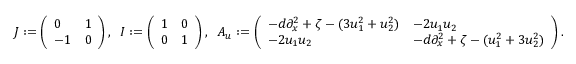
\begin{array} { r } { J : = \left( \begin{array} { l l } { 0 } & { 1 } \\ { - 1 } & { 0 } \end{array} \right) , \; \; I : = \left( \begin{array} { l l } { 1 } & { 0 } \\ { 0 } & { 1 } \end{array} \right) , \; \; A _ { u } : = \left( \begin{array} { l l } { - d \partial _ { x } ^ { 2 } + \zeta - ( 3 u _ { 1 } ^ { 2 } + u _ { 2 } ^ { 2 } ) } & { - 2 u _ { 1 } u _ { 2 } } \\ { - 2 u _ { 1 } u _ { 2 } } & { - d \partial _ { x } ^ { 2 } + \zeta - ( u _ { 1 } ^ { 2 } + 3 u _ { 2 } ^ { 2 } ) } \end{array} \right) . } \end{array}